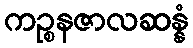
ကဉ္စနဇာလဆန္နံ